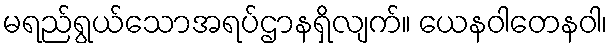
မရည်ရွယ်သောအရပ်ဌာနရှိလျက်။ ယေနဝါတေနဝါ၊